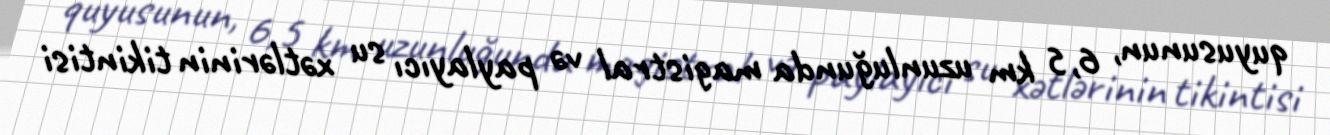
quyusunun, 6,5 km uzunluğunda magistral və paylayıcı su xətlərinin tikintisi